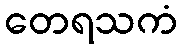
တေရသကံ